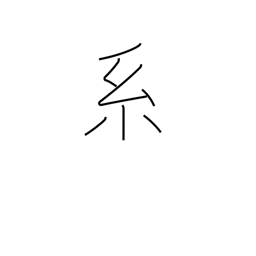
Meaning: lineage